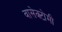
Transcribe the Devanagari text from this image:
वासेक्टोमी